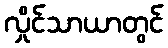
လှိုင်သာယာတွင်